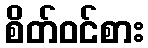
စိတ်ဝင်စား